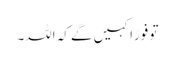
تو فورًاکہیں گے کہ اللہ۔